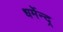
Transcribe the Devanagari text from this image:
धर्मेन्द्र्